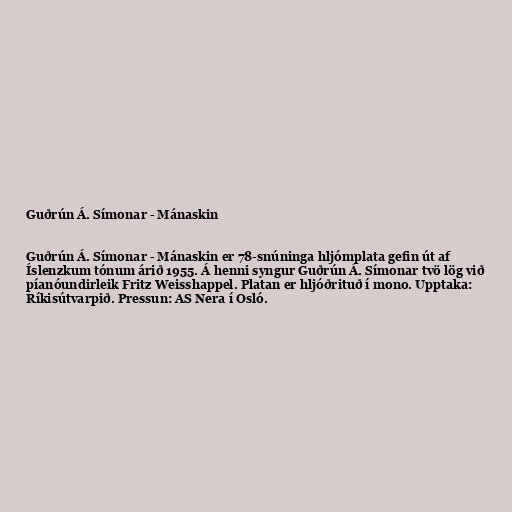
Guðrún Á. Símonar - Mánaskin

Guðrún Á. Símonar - Mánaskin er 78-snúninga hljómplata gefin út af
Íslenzkum tónum árið 1955. Á henni syngur Guðrún Á. Símonar tvö lög við
píanóundirleik Fritz Weisshappel. Platan er hljóðrituð í mono. Upptaka:
Ríkisútvarpið. Pressun: AS Nera í Osló.